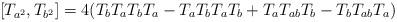
LaTeX: \begin{align*}[T_{a^2},T_{b^2}] = 4 (T_bT_aT_bT_a - T_aT_bT_aT_b + T_aT_{ab}T_b - T_bT_{ab}T_a)\end{align*}